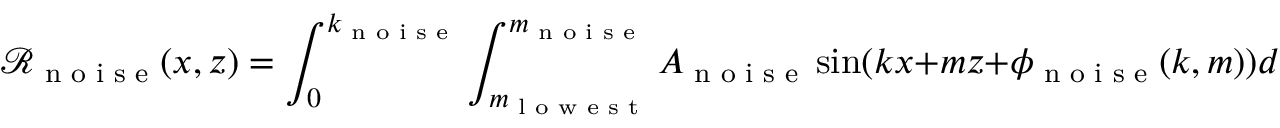
\mathcal { R } _ { \textrm { n o i s e } } ( x , z ) = \int _ { 0 } ^ { k _ { \textrm { n o i s e } } } \int _ { m _ { \textrm { l o w e s t } } } ^ { m _ { \textrm { n o i s e } } } A _ { \textrm { n o i s e } } \sin ( k x + m z + \phi _ { \textrm { n o i s e } } ( k , m ) ) d m d k ,